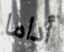
أداما